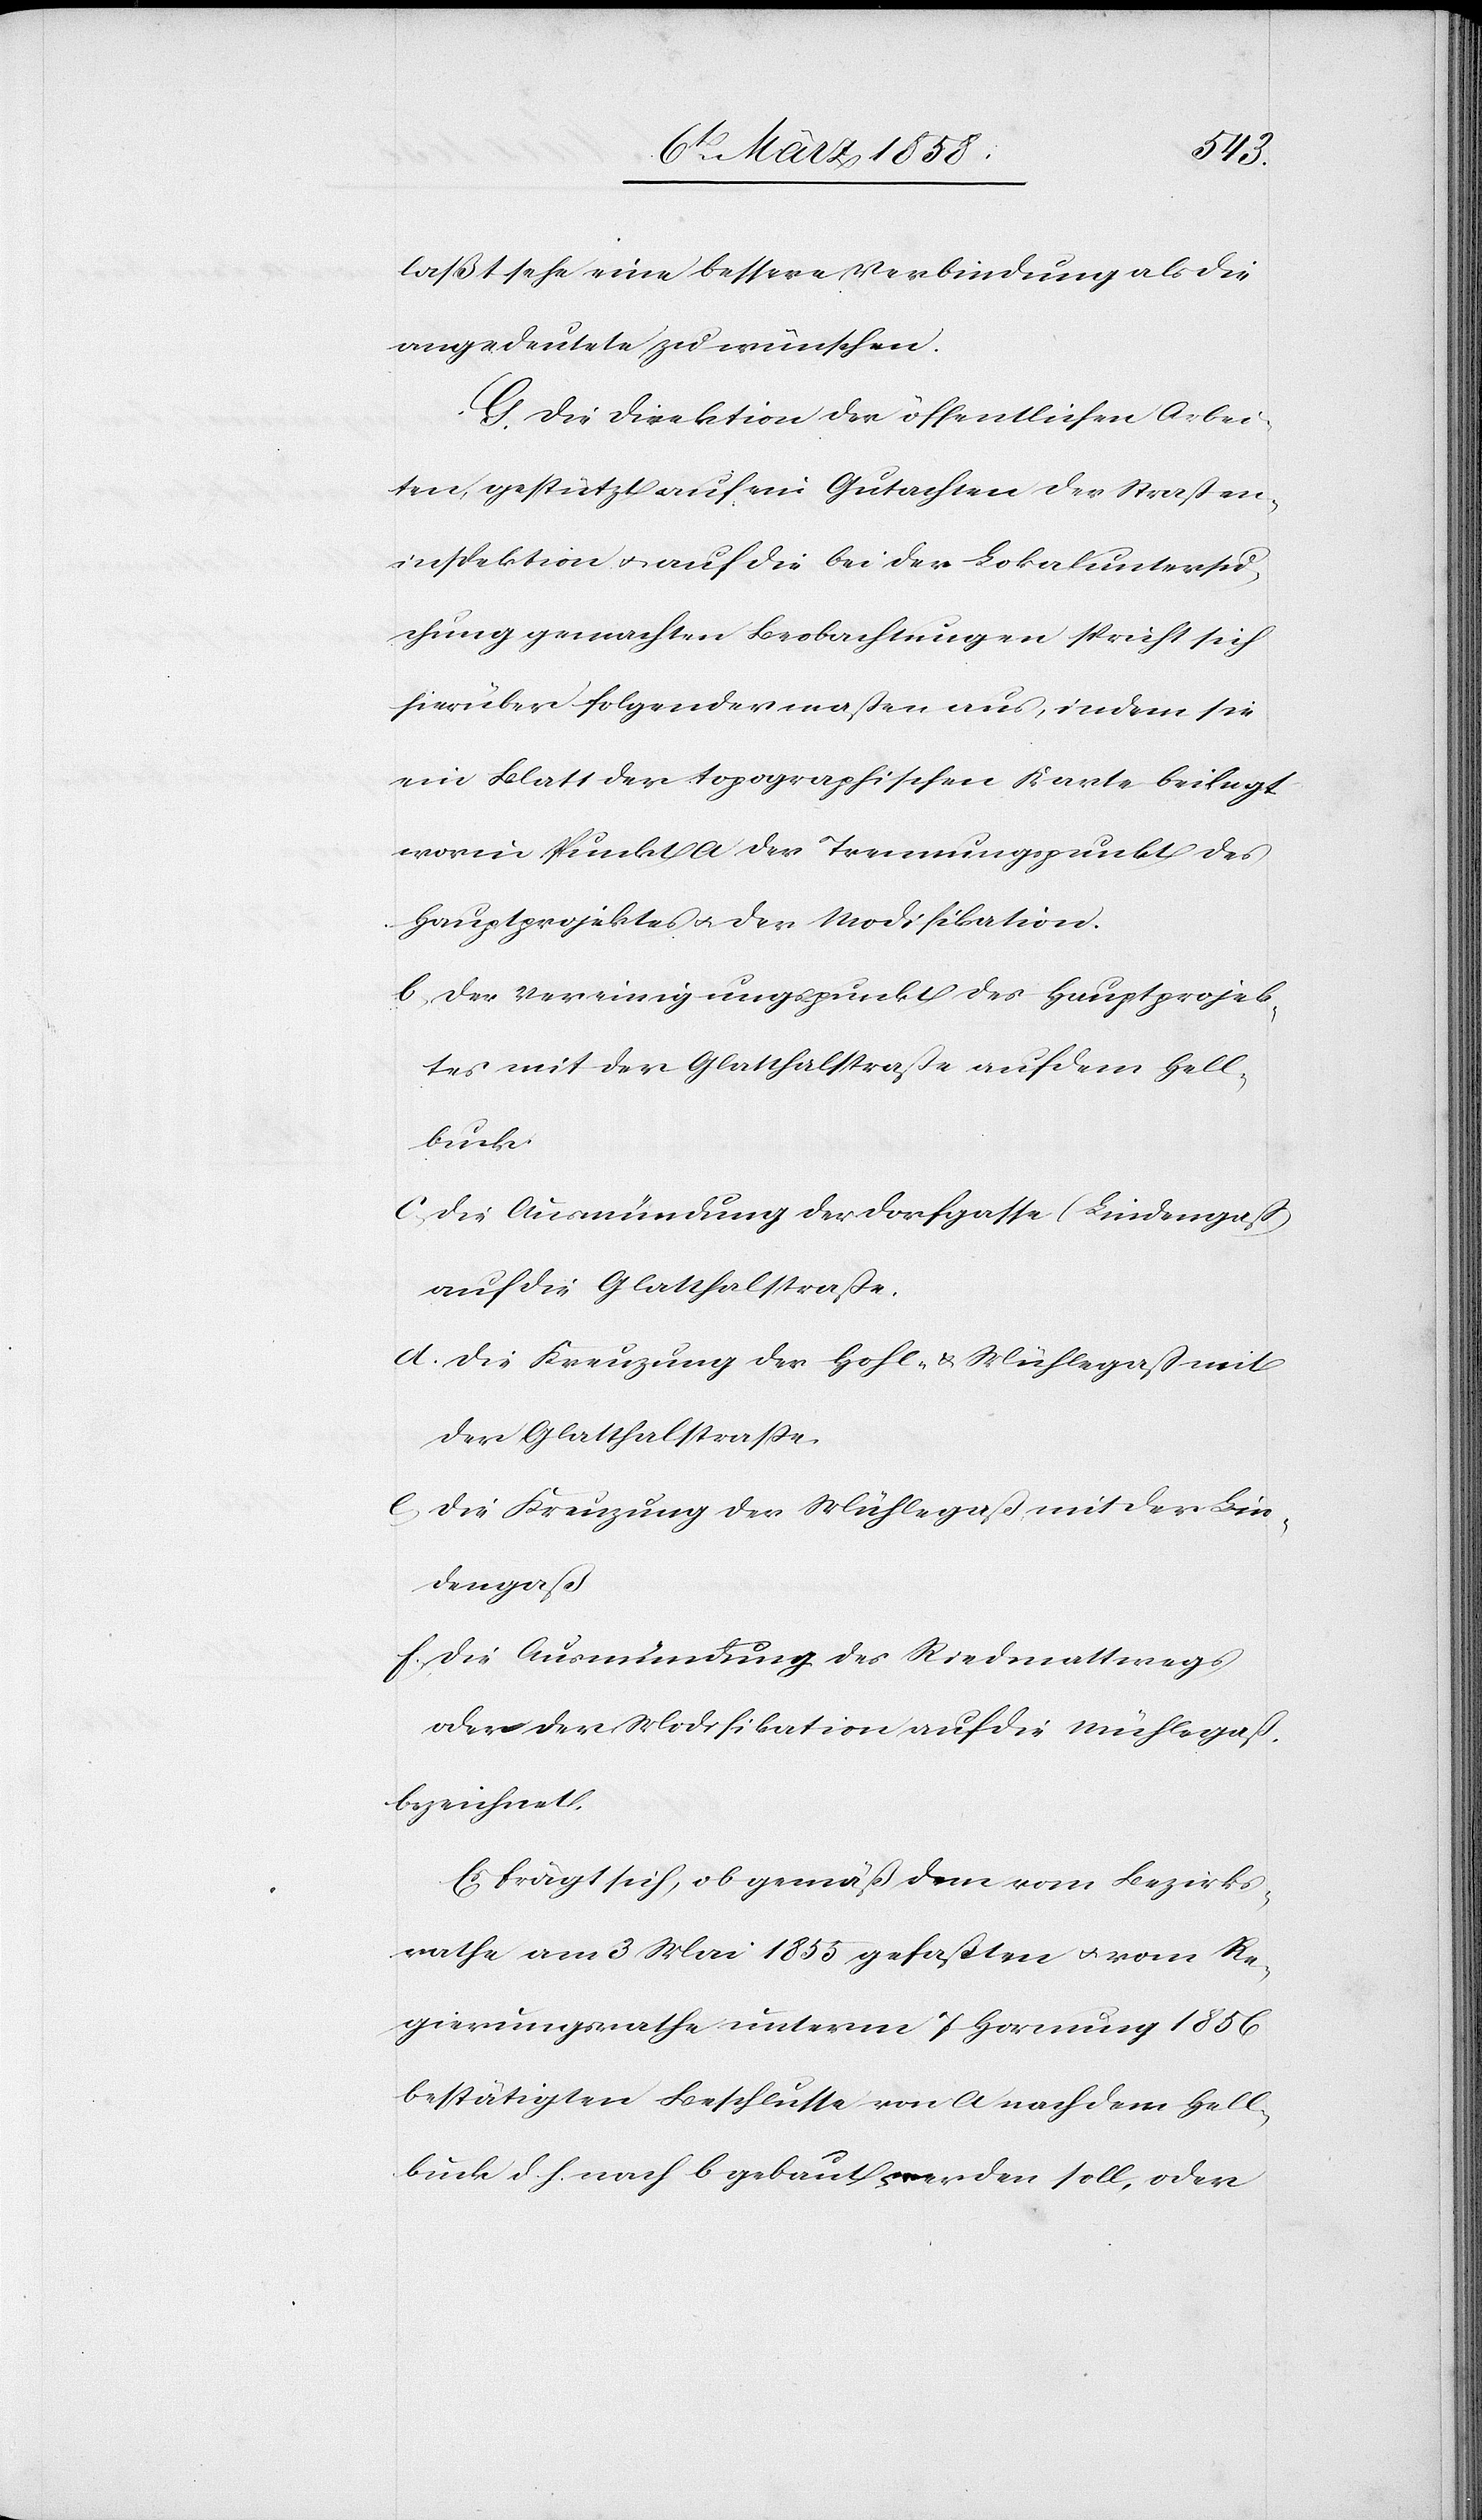
laßt sehe eine bessere Verbindung als die
angedeutete zu wünschen.
G. Die Direktion der öffentlichen Arbei¬
ten gestützt auf ein Gutachten der Straßen¬
inspektion u. auf die bei der Lokaluntersu¬
chung gemachten Beobachtungen spricht sich
hierüber folgendermaßen aus, indem sie
ein Blatt der topographischen Karte beilegt
worin Punkt a) der Trennungspunkt des
Hauptprojektes u. der Modifikation.
b) der Vereinigungspunkt des Hauptprojek¬
tes mit der Glattthalstraße auf dem Hell¬
buck.
c) die Ausmündung der Dorfgasse (Lindengaß)
auf die Glatthalstraße.
d) die Kreuzung der Hohl- u. Mühlegaß mit
der Galtthalstraße.
e)
die Kreuzung der Mühlegaß mit der Lin¬
dengaß.
f) die Ausmündung des Riedmattwegs
oder der Modifikation auf die Mühlegaß.
bezeichnet.
Es frägt sich, ob gemäß dem vom Bezirks¬
rathe am 3. Mai 1855 gefaßten u. vom Re¬
gierungsrathe unterm 7. Hornung 1856
bestätigten Beschlusse von a nach dem Hell¬
buck d. h. nach b gebaut werden soll, oder